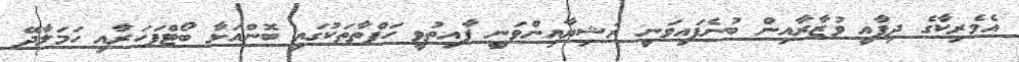
އެމެރިކާގެ ދިފާއީ ވުޒާރާއިން ބުނެފައިވަނީ ރަޝިޔާއިންވަނީ ފާއިތުވީ ހަފްތާތަކުގައި ބޮންއަޅާ ބޯޓްފަހަރާއި ހަމަލާދޭ